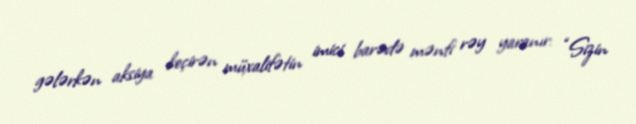
gələrkən aksiya keçirən müxalifətin imici barədə mənfi rəy yaranır: “Sizin